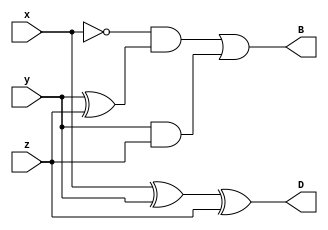
module full_sub_2(x, y, z, D, B);
	input x, y, z;
	output D, B;
	assign D = x ^ y ^ z;
	assign B = (~x & (y ^ z)) | (y & z);
endmodule